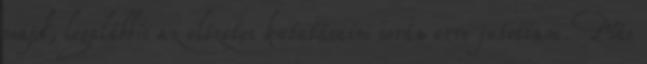
majd, legalábbis az előzetes kutatásaim során erre jutottam. Más